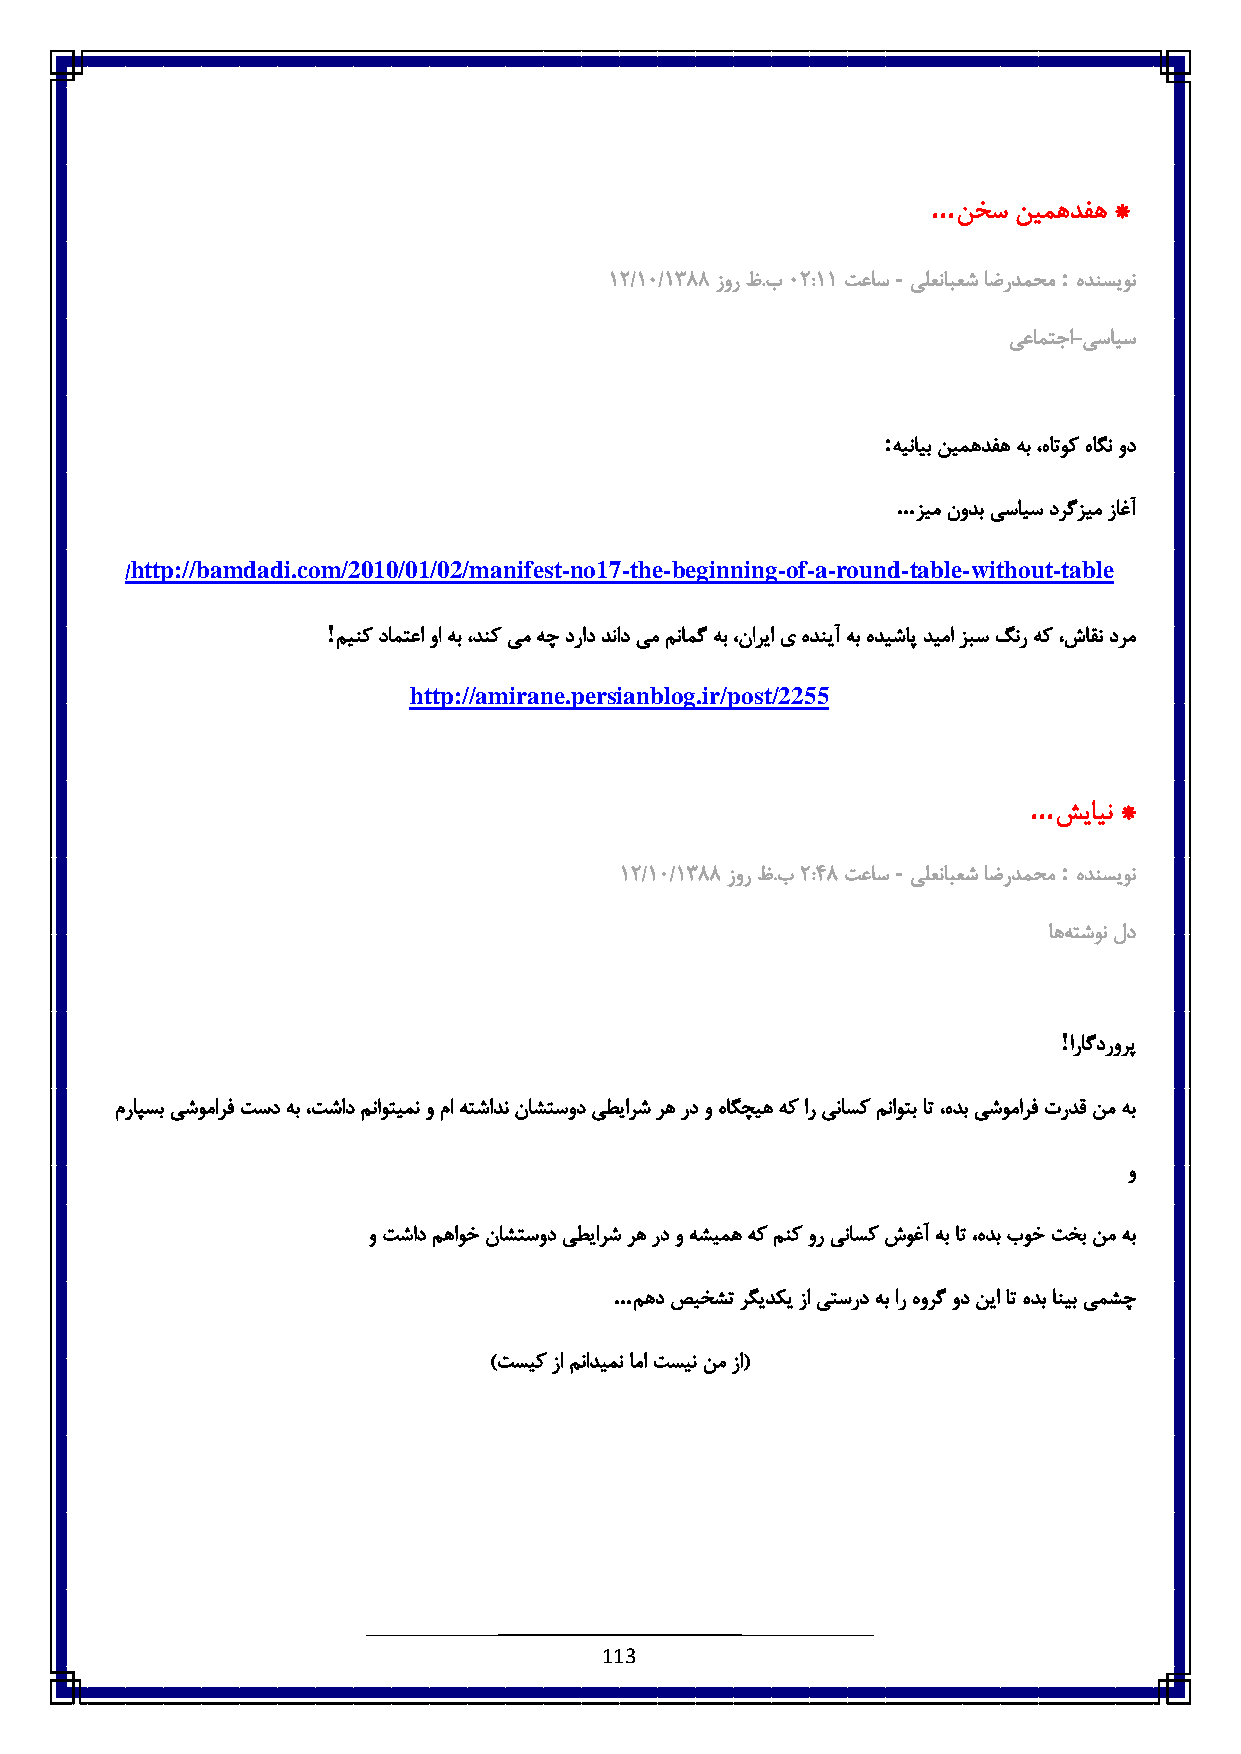
...
 نخس نیمهدفه *
 -          :
 6:/6٥/6833 زور ظ.ب٥ ::66 تعاس یلعنابعش اضردمحم هدنسیون
 یعامتجا-یسایس
 :
 هینایب نیمهدفه هب ،هاتوک هاگن ود
 ...
 زیم نودب یسایس درگزیم زاغآ
 http://bamdadi.com/2010/01/02/manifest-no17-the-beginning-of-a-round-table-without-table
 /
 !
 مینک دامتعا وا هب ،دنک یم هچ دراد دناد یم منامگ هب ،ناریا ی هدنیآ هب هدیشاپ دیما زبس گنر هک ،شاقن درم
 http://amirane.persianblog.ir/post/2255
 ...
 شیاین *
 -          :
 6:/6٥/6833 زور ظ.ب: :٠3 تعاس یلعنابعش اضردمحم هدنسیون
 اهه تشون لد
 !
 اراگدرورپ
 مراپسب یشومارف تسد هب ،تشاد مناوتیمن و ما هتشادن ناشتسود یطیارش ره رد و هاگچیه هک ار یناسک مناوتب ات ،هدب یشومارف تردق نم هب
 و
 و تشاد مهاوخ ناشتسود یطیارش ره رد و هشیمه هک منک ور یناسک شوغآ هب ات ،هدب بوخ تخب نم هب
 ...
 مهد صیخشت رگیدکی زا یتسرد هب ار هورگ ود نیا ات هدب انیب یمشچ
 )تسیک زا منادیمن اما تسین نم زا(
 113